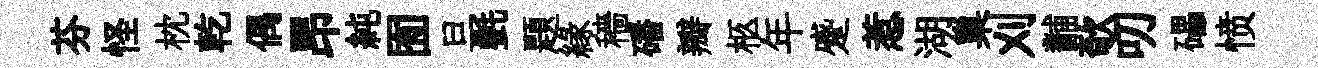
芬怪枕乾偶昂純囿旦㲲題緣穡磻瓣柩年蹙惹湖巢刈黼欹叨礧愤